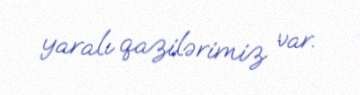
yaralı qazilərimiz var.